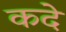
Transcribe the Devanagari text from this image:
कदे